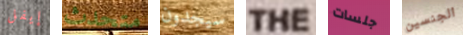
إيفل متحدث سيجدون THE جلسات الجنسين